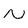
Character: N